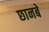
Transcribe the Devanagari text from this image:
छानबे